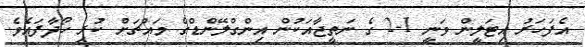
އެފަހަރު އިޓަލީން ވަނީ 1-2 ގެ ނަތީޖާއަކުން އިންގްލޭންޑްގެ މައްޗަށް ކުރި ހޯދާފައެވެ.